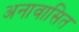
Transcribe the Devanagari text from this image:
अनावासित